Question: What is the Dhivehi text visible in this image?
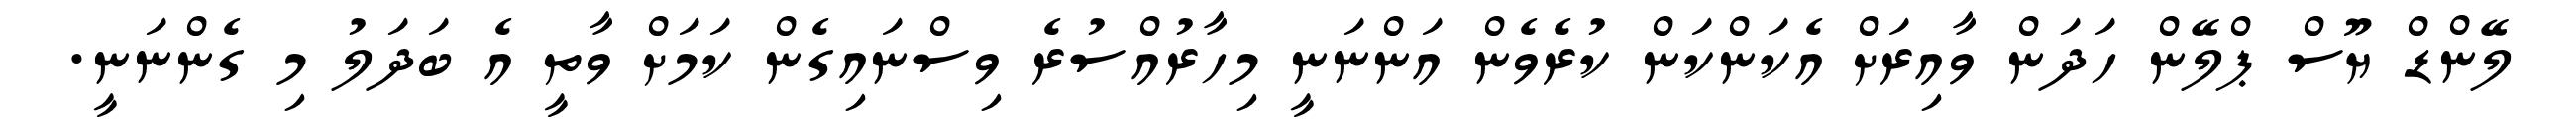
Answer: ލޭންޑް ޔޫސް ޕްލޭން ހަދަން ވާއިރަށް އެކަންކަން ކުރެވެން އަންނަނީ މިހާރުއްސުރެ ވިސްނައިގެން ކަމަށް ވާތީ އެ ބަދަލު މި ގެންނަނީ.